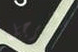
والرجل